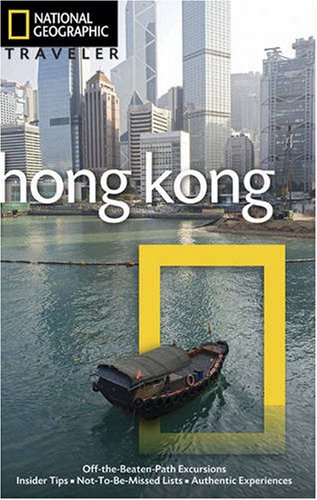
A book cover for National Geographic Traveler: Hong Kong, 3rd Edition; Phil Macdonald; Travel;